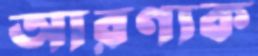
আরণ্যক